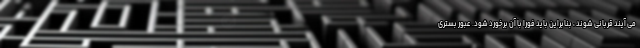
می آیند قربانی شوند ، بنابراین باید فوراً با آن برخورد شود. عبور بستری